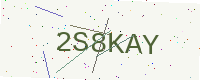
Text: 2S8KAY